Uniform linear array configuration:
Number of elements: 16
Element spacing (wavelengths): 0.5
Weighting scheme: exponential
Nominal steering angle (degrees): -15
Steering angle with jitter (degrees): -13.46
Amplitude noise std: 0.05
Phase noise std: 0.05

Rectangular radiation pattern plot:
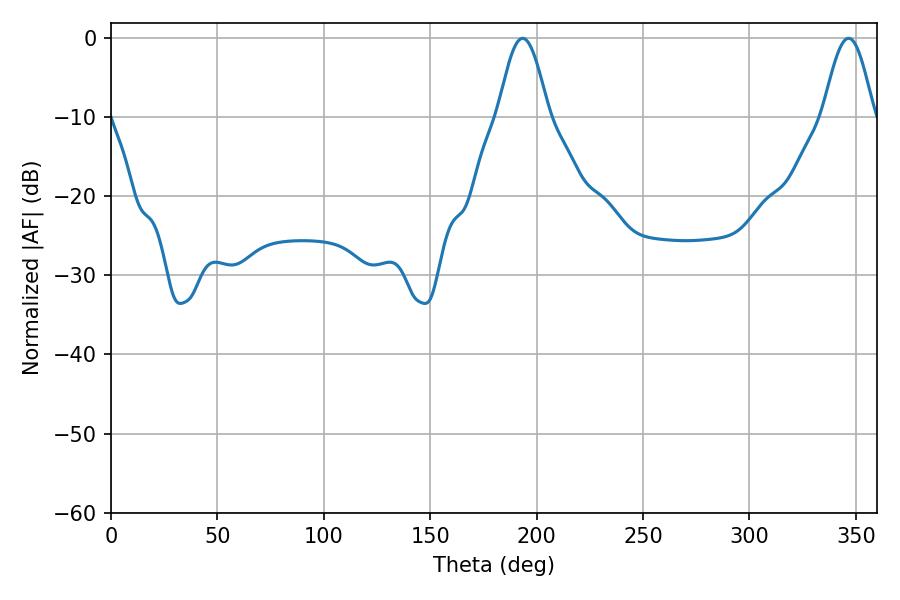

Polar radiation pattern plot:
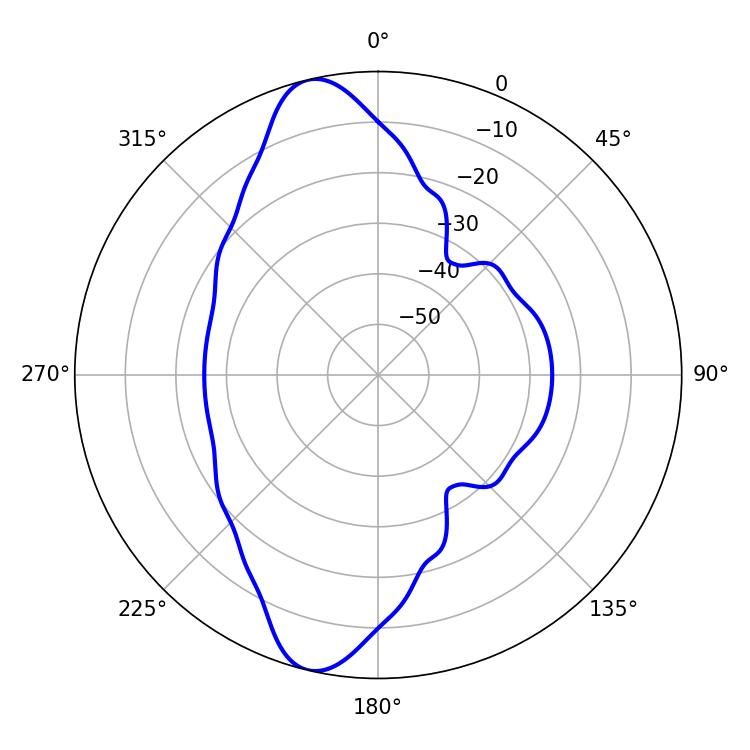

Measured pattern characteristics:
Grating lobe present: FALSE
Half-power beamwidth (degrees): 12.6
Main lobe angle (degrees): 193.5